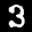
Label: 3